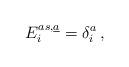
LaTeX: \begin{align*}E^{as,\underline{a}}_{i} =\delta^{a}_{i}\, ,\end{align*}